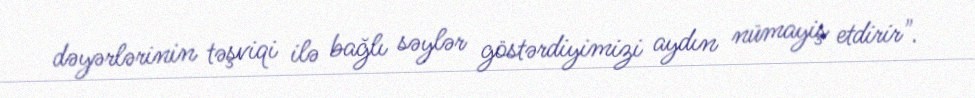
dəyərlərinin təşviqi ilə bağlı səylər göstərdiyimizi aydın nümayiş etdirir".